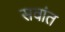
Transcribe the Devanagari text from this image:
सवांत